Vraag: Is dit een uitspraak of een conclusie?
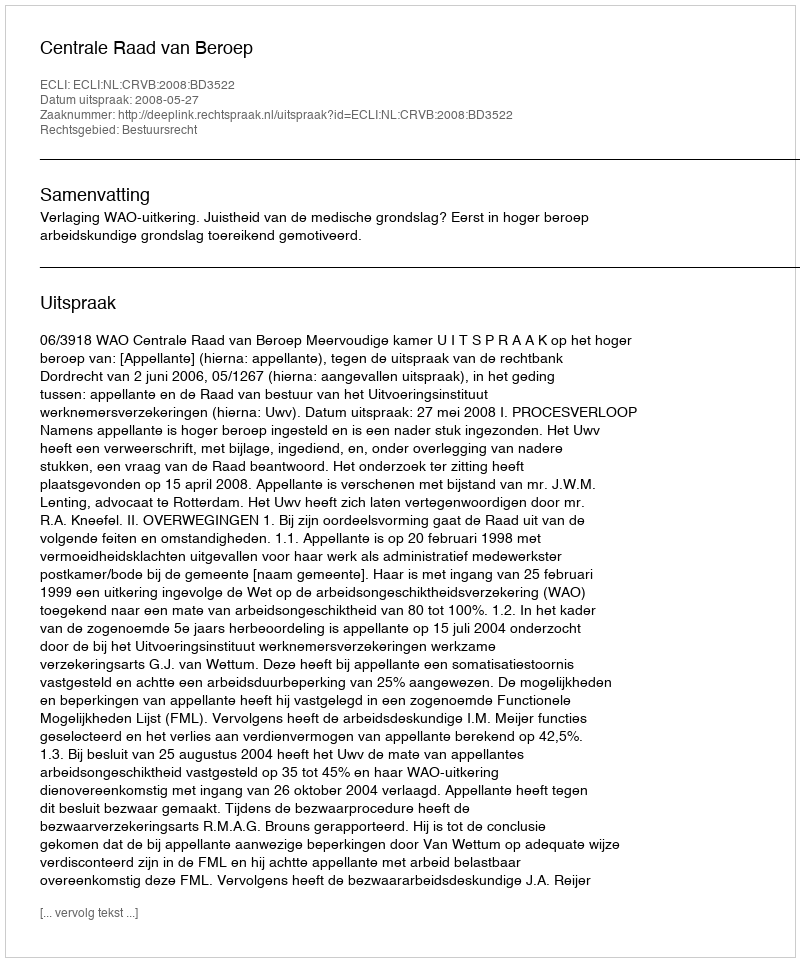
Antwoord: Uitspraak